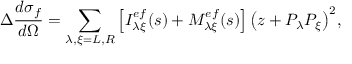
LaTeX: \Delta \frac { d \sigma _ { f } } { d \Omega } = \sum _ { \lambda , \xi = L , R } \left[ { \cal I } _ { \lambda \xi } ^ { e f } ( s ) + { \cal M } _ { \lambda \xi } ^ { e f } ( s ) \right] { \left( z + P _ { \lambda } P _ { \xi } \right) } ^ { 2 } ,